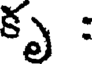
కృ :